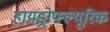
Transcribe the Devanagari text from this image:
हायड्रोफ्ल्यूरिक